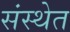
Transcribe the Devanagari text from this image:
संस्‍थेत